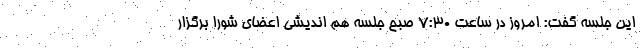
این جلسه گفت: امروز در ساعت ۷:۳۰ صبح جلسه هم اندیشی اعضای شورا برگزار